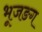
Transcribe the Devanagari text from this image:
भूजङग